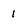
Character: 1